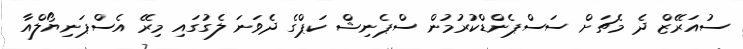
ސުއަރޭޒް ދެ މެޗަށް ސަސްޕެންޑްކުރުމުން ސްޕެނިޝް ކަޕްގެ ދެވަނަ ލެގުގައި މިރޭ އެސްޕަނިޔޯލްއާ